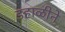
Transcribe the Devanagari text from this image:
डहाळीने